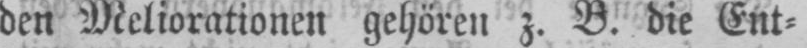
den Meliorationen gehören z. B. die Ent⸗